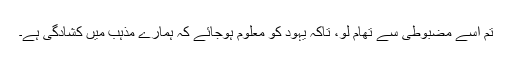
تم اسے مضبوطی سے تھام لو، تاکہ یہود کو معلوم ہوجائے کہ ہمارے مذہب میں کشادگی ہے۔